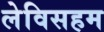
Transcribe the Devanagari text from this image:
लेविसहम